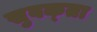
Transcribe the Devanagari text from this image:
सुवक्‍ता